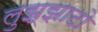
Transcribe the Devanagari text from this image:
लुझ्झाटो